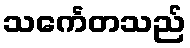
သင်္ကေတသည်